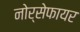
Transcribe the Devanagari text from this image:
नोर्सेफायर